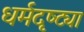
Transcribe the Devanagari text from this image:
धर्मदृष्ट्या